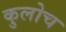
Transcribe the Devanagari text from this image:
कुलोच